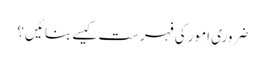
ضروری امور کی فہرست کیسے بنائیں ؟